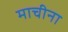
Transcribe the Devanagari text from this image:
माचीना